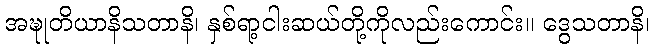
အဍ္ဎုတိယာနိသတာနိ၊ နှစ်ရာ့ငါးဆယ်တို့ကိုလည်းကောင်း။ ဒွေသတာနိ၊